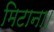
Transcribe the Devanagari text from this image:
मिटाना।